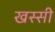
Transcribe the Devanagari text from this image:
खस्सी